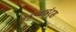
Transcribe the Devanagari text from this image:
एंडप्वाइंट्स